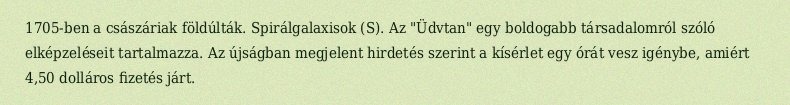
1705-ben a császáriak földúlták. Spirálgalaxisok (S). Az "Üdvtan" egy boldogabb társadalomról szóló elképzeléseit tartalmazza. Az újságban megjelent hirdetés szerint a kísérlet egy órát vesz igénybe, amiért 4,50 dolláros fizetés járt.